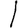
Digit: 1